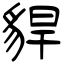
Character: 貋